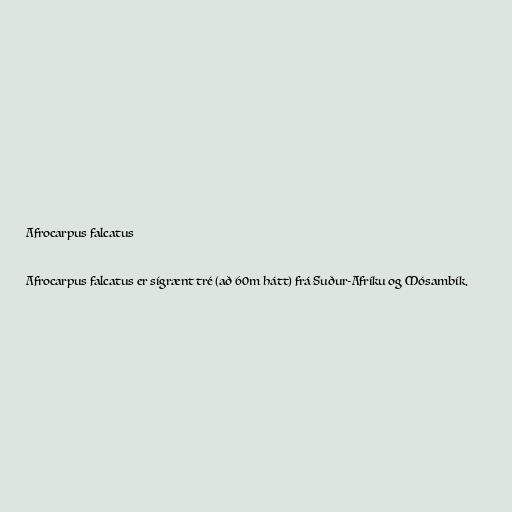
Afrocarpus falcatus

Afrocarpus falcatus er sígrænt tré (að 60m hátt) frá Suður-Afríku og Mósambík.